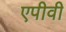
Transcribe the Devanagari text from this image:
एपीवी